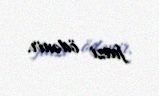
faizi ödənir.